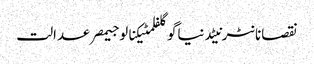
نقصانانٹرنیٹدنیاگوگلفلمٹیکنالوجیمصرعدالت